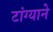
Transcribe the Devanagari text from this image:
टांग्याने